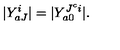
| Y _ { a J } ^ { i } | = | Y _ { a 0 } ^ { J ^ { c } i } | .